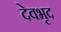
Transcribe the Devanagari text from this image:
देवभृद